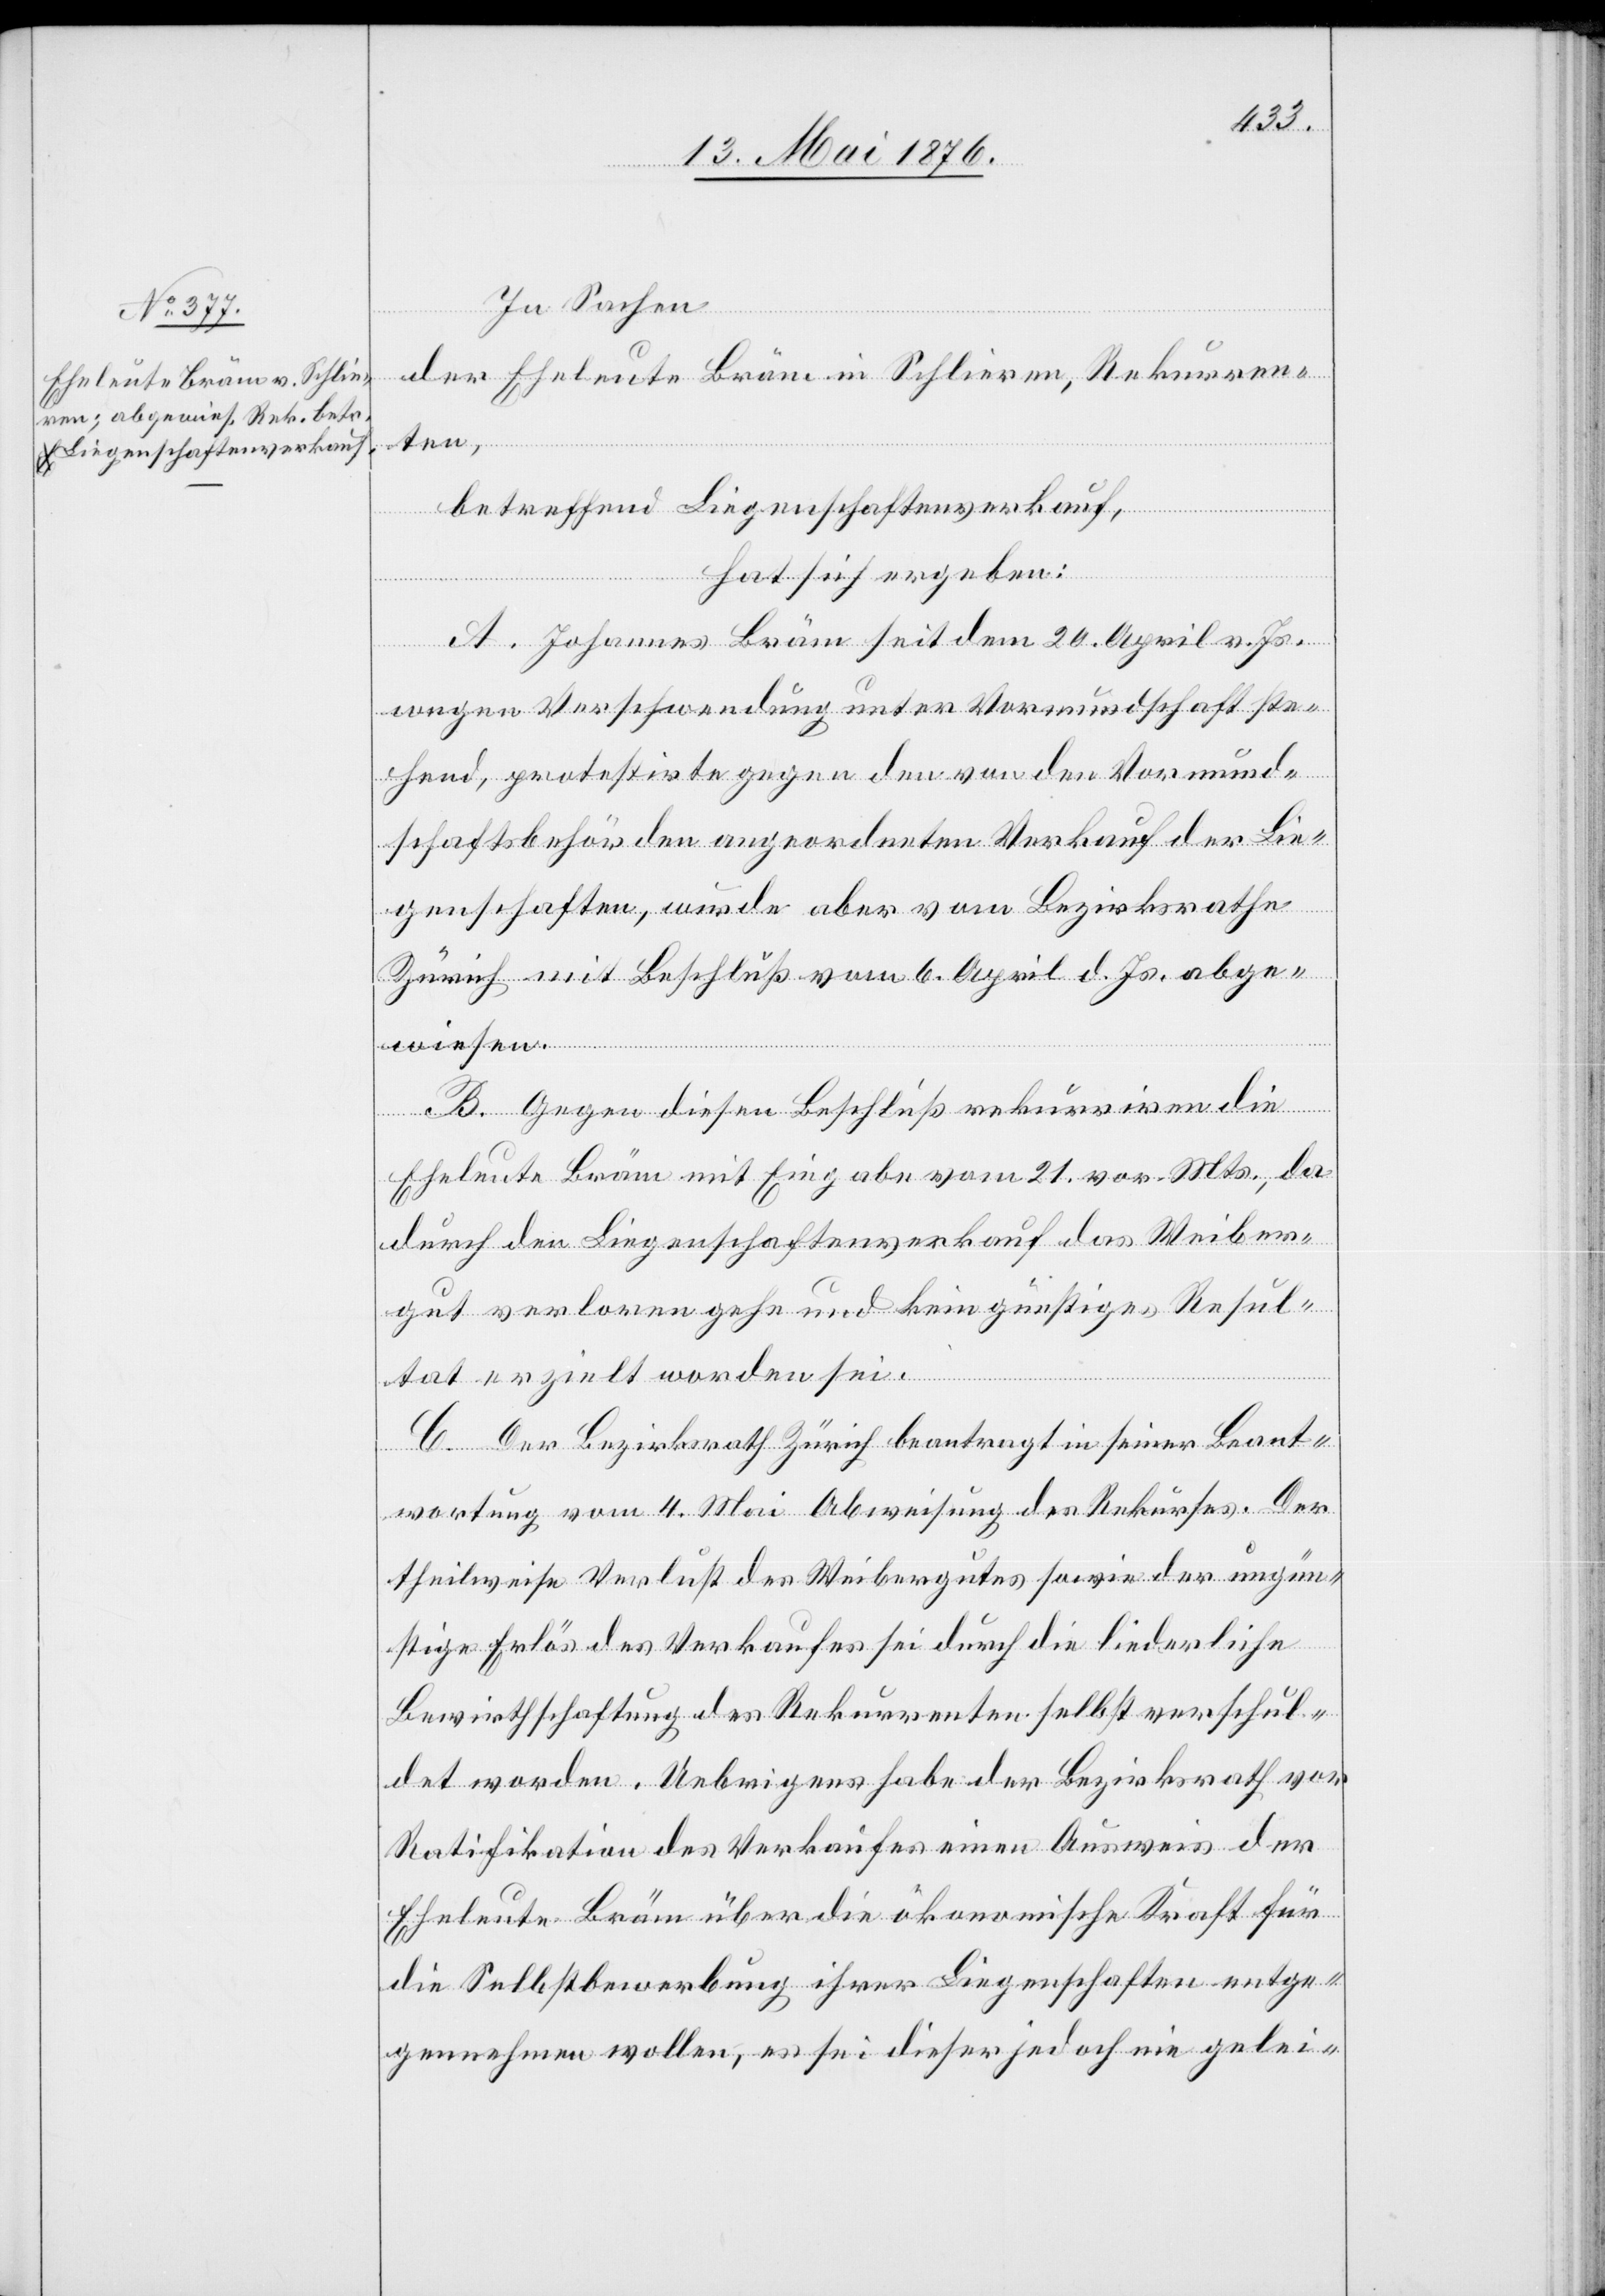
In Sachen
der Eheleute Bräm in Schlieren, Rekurren¬
ten,
betreffend Liegenschaftenverkauf,
hat sich ergeben;
A. Johannes Bräm seit dem 20 April v. Js.
wegen Verschwendung unter Vormundschaft ste¬
hend, protestirte gegen den von den Vormund¬
schaftsbehörden angeordneten Verkauf der Lie¬
genschaften, wurde aber vom Bezirksrathe
Zürich mit Beschluß vom 6. April d. Js. abge¬
wiesen.
B. Gegen diesen Beschluß rekurriren die
Eheleute Bräm mit Eingabe vom 21. vor. Mts., da
durch den Liegenschaftenverkauf das Weiber¬
gut verloren gehe und kein günstiges Resul¬
tat erzielt worden sei.
C. Der Bezirksrath Zürich beantragt in seiner Beant¬
wortung vom 4. Mai Abweisung des Rekurses. Der
theilweise Verlust des Weibergutes sowie der ungün¬
stige Erlös des Verkaufes sei durch die liederliche
Bewirthschaftung des Rekurrenten selbst verschul¬
det worden. Uebrigens habe der Bezirksrath vor
Ratifikation des Verkaufes einen Ausweis der
Eheleute Bräm über die ökonomische Kraft für
die Selbstbewerbung ihrer Liegenschaften entge¬
gennehmen wollen, es sei dieser jedoch nie gelei-